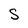
Character: S